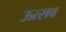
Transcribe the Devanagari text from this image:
ऊत्सव